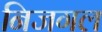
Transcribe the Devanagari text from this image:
निजगल